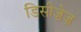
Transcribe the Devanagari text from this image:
डिसीज़ेज़